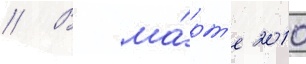
// В ма́рт'е 2010